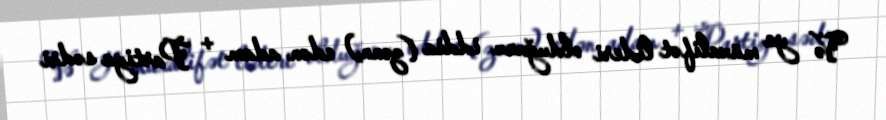
Və ya müxalifət lideri olduğunu iddia (zənn) edən adam + Partiya sədri